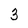
Character: 3